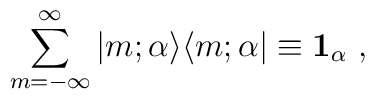
\sum^\infty_{m=-\infty}\vert m;\alpha\rangle\langle m;\alpha\vert\equiv{\bf 1}_\alpha\ ,